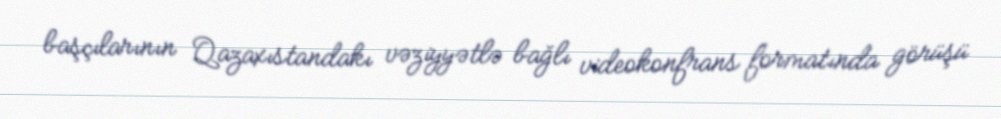
başçılarının Qazaxıstandakı vəziyyətlə bağlı videokonfrans formatında görüşü